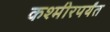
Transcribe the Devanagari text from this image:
कश्मीरपर्यंत